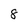
Character: 8